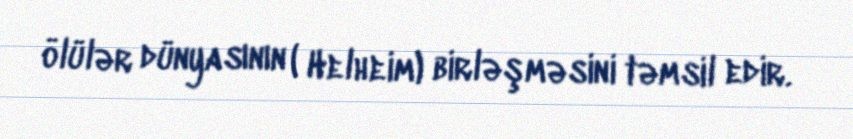
ölülər dünyasının ( Helheim) birləşməsini təmsil edir.